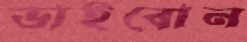
ভাইবোন